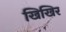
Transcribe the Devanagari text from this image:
खिखिर